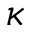
\kappa